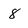
Character: 8